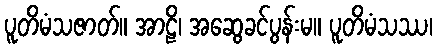
ပူတိမံသဇာတ်။ အာဠိ၊ အဆွေခင်ပွန်းမ။ ပူတိမံသဿ၊